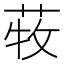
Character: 𦱒